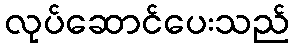
လုပ်ဆောင်ပေးသည်